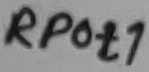
Text: RPot1